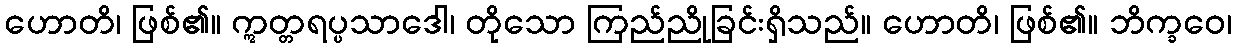
ဟောတိ၊ ဖြစ်၏။ ဣတ္တရပ္ပသာဒေါ၊ တိုသော ကြည်ညိုခြင်းရှိသည်။ ဟောတိ၊ ဖြစ်၏။ ဘိက္ခဝေ၊